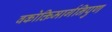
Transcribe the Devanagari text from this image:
वकोक्तिमार्गनिपुण